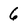
Character: 6